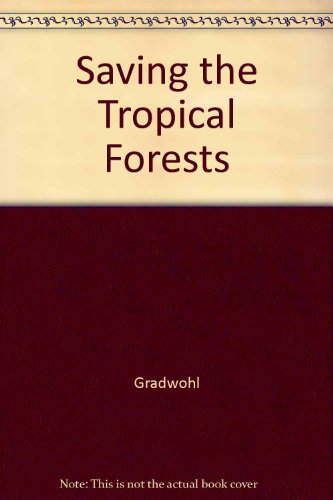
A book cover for Saving the Tropical Forests; Judith Gradwohl; Science & Math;